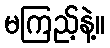
မကြည့်နဲ့။